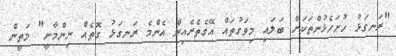
"ރަނގަޅު ހުށަހެޅުންތަކަށް ބަލައި މިވަގުތައް އޭގެތެރެއިން އެންމެ ރަނގަޅު ގޮތެއް ނިންމާނީ" މަތީން